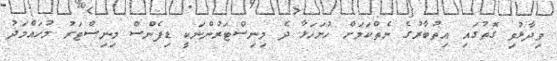
ވިދާޅުވި ގޮތުގައި އިތުބާރުގެ ނެތްކަމަށް ހުށަހަޅާ ދެ މިނިސްޓަރުންނަކީ ޑިފެންސް މިނިސްޓަރު މުހައްމަދު